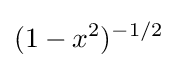
(1-x^{2})^{-1/2}